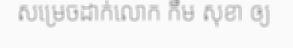
សម្រេចដាក់លោក កឹម សុខា ឲ្យ